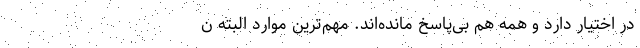
در اختیار دارد و همه هم بی‌پاسخ مانده‌اند. مهم‌ترین موارد البته ن